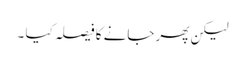
لیکن پھر جانے کا فیصلہ کیا ۔